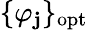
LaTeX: \{ \varphi_{\mathbf{j}}\} _{\mathrm{{opt}}}